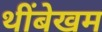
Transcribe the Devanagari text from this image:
थींबेखम